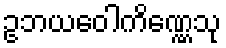
ဥဘယဝေါကိဏ္ဏေသု